Scottish Leaving Certificate Examination, 1954
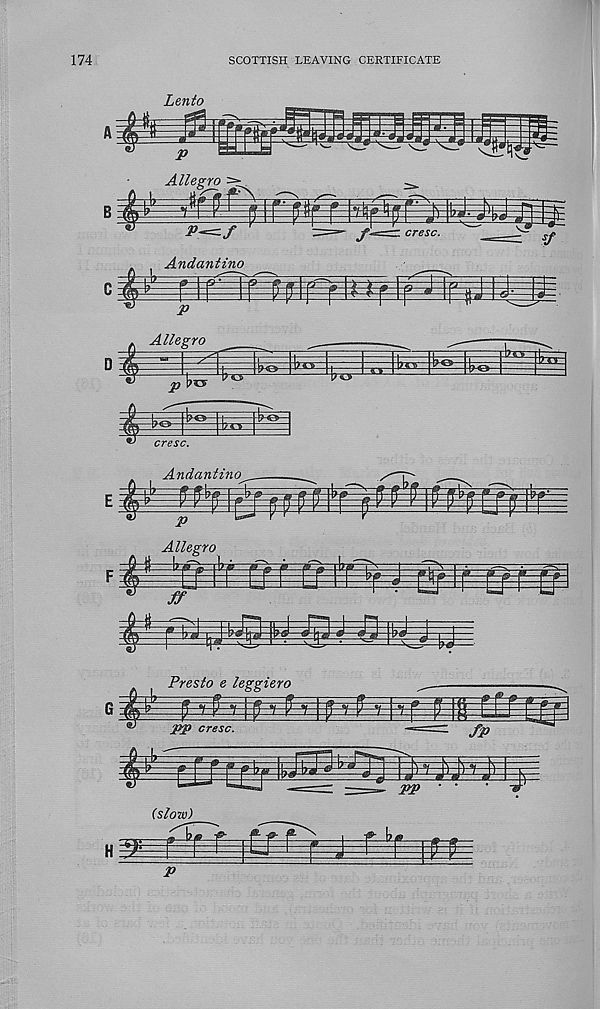
174
SCOTTISH LEAVING CERTIFICATE
Lento
Allegro
t ir
r Npfnih
p^f
Andantino
P
Allegro
p
cresc.
Andantino
ctz
a
p
Allegro
m
jr
«vrTJ7TfcX] lU-in J ■ J11J
Presto e leggiero
pp cresc.
fP
m
esB
PP
(slow)
1
p